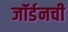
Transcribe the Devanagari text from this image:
जॉर्डनची